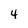
Character: 4